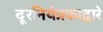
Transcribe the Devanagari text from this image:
दूरनियंत्रकाद्वारे